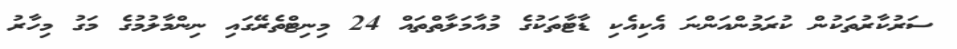
ސަރުކާރުތަކުން ކުރަމުންއަންނަ އެކިއެކި ޑާޓާތަކުގެ މުއާމަލާތްތައް 24 މިނިޓްތެރޭގައި ނިންމާލުމުގެ މަގު މިހާރު